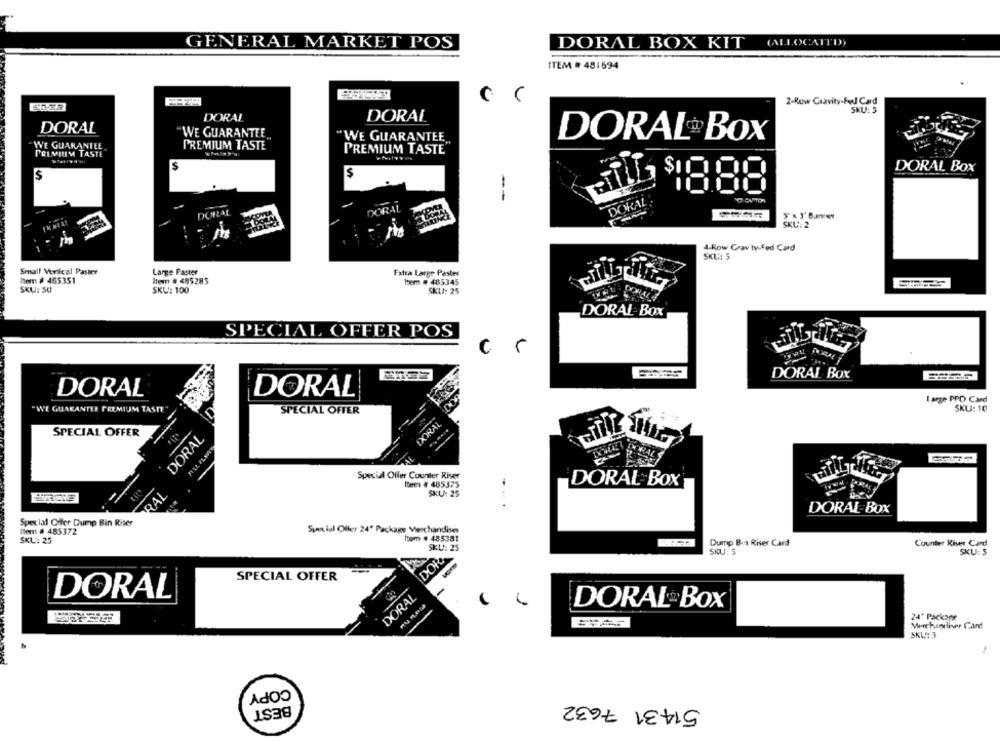
GENERAL MARKET POS
DORAL BOX KIT
(ALLOCATED)
ITEM # 481694
2-Row Gravity-Fed Card
SKU
DORAL
DORAL
DORAL
WE GUARANTEE
"WE GUARANTEE
DORAL®Box
WE GUARANTEE
PREMIUM TASTE
PREMIUM TASTE
PREMIUM TASTE
DORAL Box
$
$
--
DORAL
DORAL
4-Row Gravity-Fed Card
SKL: 5
Small Versicel Paster
Large Paster
Fatra Large Paster
Item # 465351
tem . 485285
tem . 485345
SKU: SU
SKL: 100
SKLA: 25
DORAL BOX
SPECIAL OFFER POS
c
DORAL Box
DORAL
DORAL
Large PPD Card
"WE GUARANTEE PREMIUM TASTE
SKU: 10
-
SPECIAL OFFER
DOORAL
SPECIAL OFFER
DORAL
Special Offer Counter Riser
Item # 485375
DORAL BOX
RAL
SKU: 25
DORAL BOX
Special Offer Dump Bin Riser
Item # 485372
Special Offer 24" Package Merchandise
SKL: 25
tom # 485381
Dump B-a Riser Card
Counter Riser Card
SKU: 25
SKU: 5
DOR
SKU: 5
SPECIAL OFFER
----
DORAL
-
DORAL
DORAL Box
24" Package
SKU: 3
COPY
51431 7632
BEST